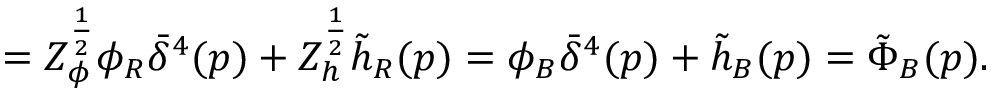
= Z _ { \phi } ^ { { \frac { 1 } { 2 } } } \phi _ { R } \bar { \delta } ^ { 4 } ( p ) + Z _ { h } ^ { { \frac { 1 } { 2 } } } \tilde { h } _ { R } ( p ) = \phi _ { B } \bar { \delta } ^ { 4 } ( p ) + \tilde { h } _ { B } ( p ) = \tilde { \Phi } _ { B } ( p ) .